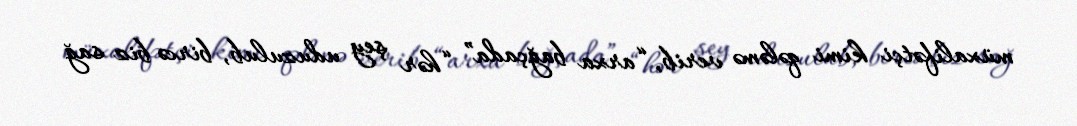
müxalifətçi kimi qələmə verib, “arxa bağçada” “hər şey uduzulub, bircə biz sağ